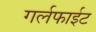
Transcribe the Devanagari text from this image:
गर्लफाईट